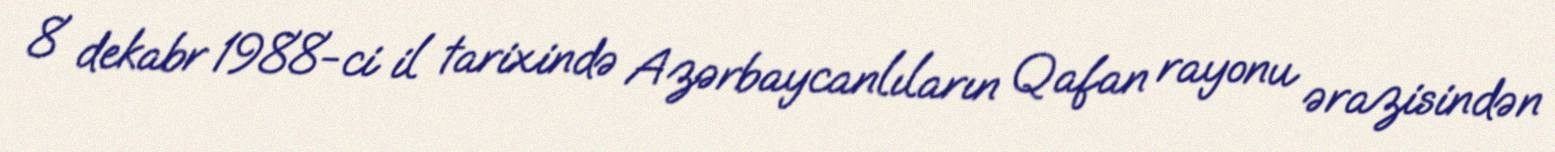
8 dekabr 1988-ci il tarixində Azərbaycanlıların Qafan rayonu ərazisindən